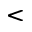
<